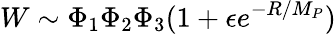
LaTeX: W\sim\Phi_{1}\Phi_{2}\Phi_{3}(1+\epsilon e^{-R/M_{P}})